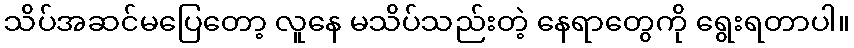
သိပ်အဆင်မပြေတော့ လူနေ မသိပ်သည်းတဲ့ နေရာတွေကို ရွေးရတာပါ။